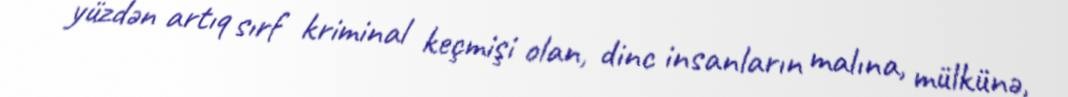
yüzdən artıq sırf kriminal keçmişi olan, dinc insanların malına, mülkünə,